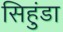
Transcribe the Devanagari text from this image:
सिहुंडा